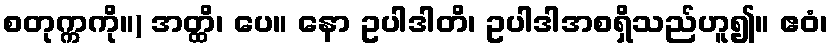
စတုက္ကကို။) အတ္ထိ၊ ပေ။ နော ဥပါဒါတိ၊ ဥပါဒါအစရှိသည်ဟူ၍။ ဧဝံ၊